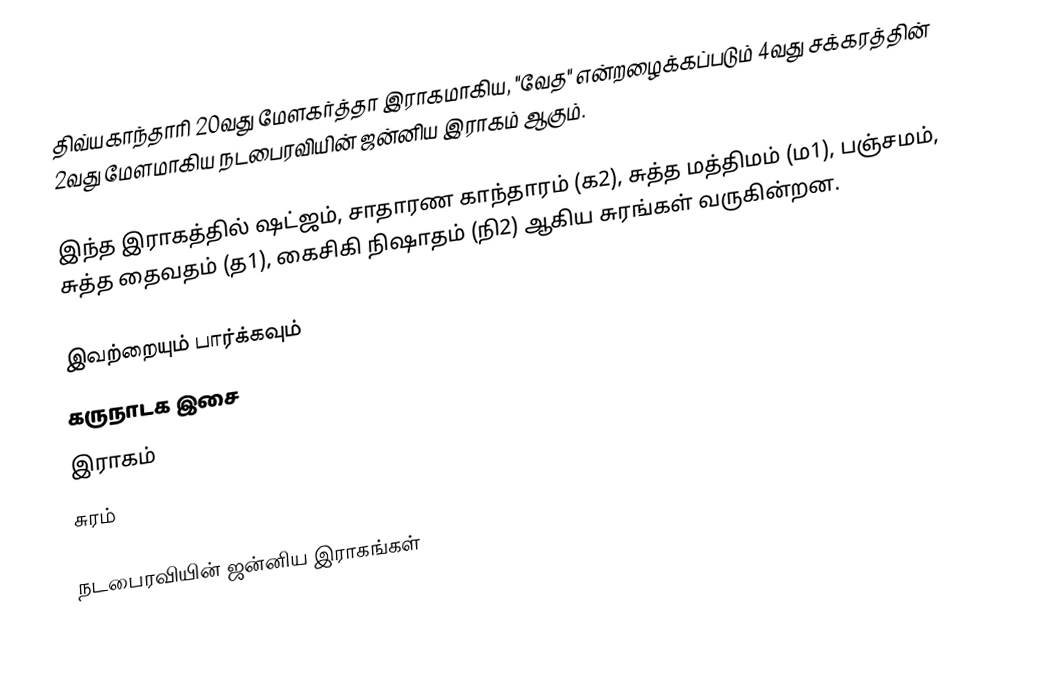
திவ்யகாந்தாரி 20வது மேளகர்த்தா இராகமாகிய, "வேத" என்றழைக்கப்படும் 4வது சக்கரத்தின் 2வது மேளமாகிய நடபைரவியின் ஜன்னிய இராகம் ஆகும்.

இந்த இராகத்தில் ஷட்ஜம், சாதாரண காந்தாரம் (க2), சுத்த மத்திமம் (ம1), பஞ்சமம், சுத்த தைவதம் (த1), கைசிகி நிஷாதம்  (நி2) ஆகிய சுரங்கள் வருகின்றன.

இவற்றையும் பார்க்கவும்
 கருநாடக இசை
 இராகம்
 சுரம்

நடபைரவியின் ஜன்னிய இராகங்கள்